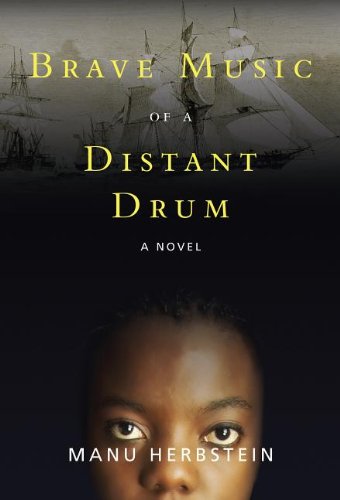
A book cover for Brave Music of a Distant Drum; Manu Herbstein; Teen & Young Adult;